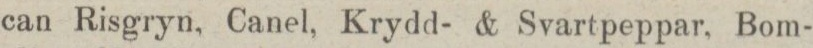
can Risgryn, Canel, Krydd- & Svartpeppar, Bom-